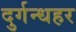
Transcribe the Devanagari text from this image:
दुर्गन्धहर